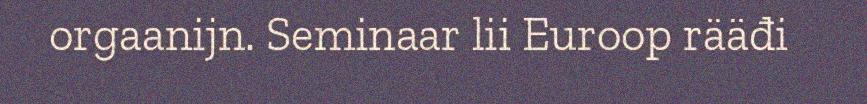
orgaanijn. Seminaar lii Euroop rääđi